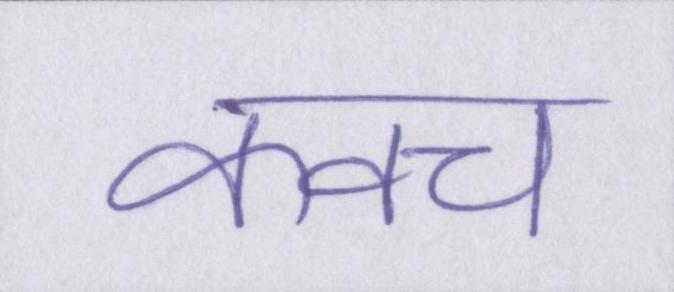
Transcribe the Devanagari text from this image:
कवच